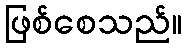
ဖြစ်စေသည်။